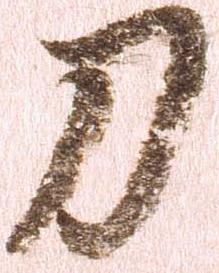
刀